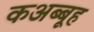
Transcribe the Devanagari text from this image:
कअब्बूह